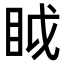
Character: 眓